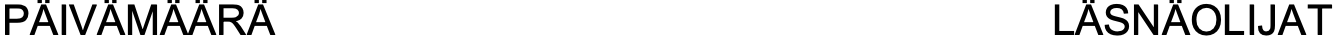
PÄIVÄMÄÄRÄ                         LÄSNÄOLIJAT